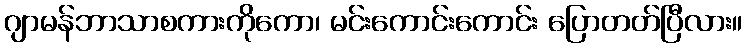
ဂျာမန်ဘာသာစကားကိုကော၊ မင်းကောင်းကောင်း ပြောတတ်ပြီလား။